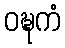
ဝဍ္ဎကံ